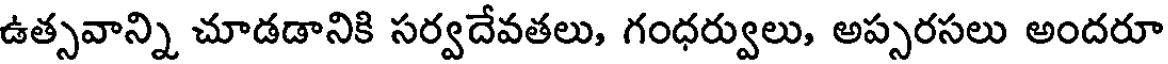
ఉత్సవాన్ని చూడడానికి సర్వదేవతలు, గంధర్వులు, అప్సరసలు అందరూ